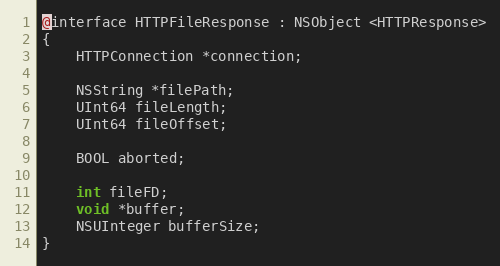
Language: C
@interface HTTPFileResponse : NSObject <HTTPResponse>
{
    HTTPConnection *connection;

    NSString *filePath;
    UInt64 fileLength;
    UInt64 fileOffset;

    BOOL aborted;

    int fileFD;
    void *buffer;
    NSUInteger bufferSize;
}